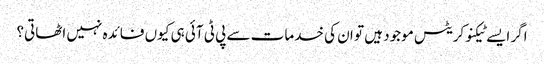
اگر ایسے ٹیکنوکریٹس موجود ہیں تو ان کی خدمات سے پی ٹی آئی ہی کیوں فائدہ نہیں اٹھاتی؟